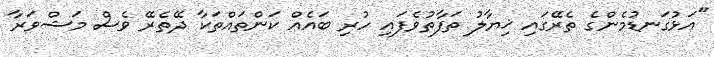
"އަޅުގަނޑުމެންގެ ތެރޭގައި ޚިޔާލު ތަފާތުވެފައި ހުރި ބައެއް ކަންތައްތަކާ ދޭތެރޭ ވެސް މަޝްވަރާ